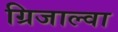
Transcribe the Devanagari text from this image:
ग्रिजाल्वा